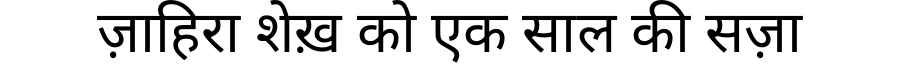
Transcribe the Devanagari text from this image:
ज़ाहिरा शेख़ को एक साल की सज़ा